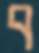
ব